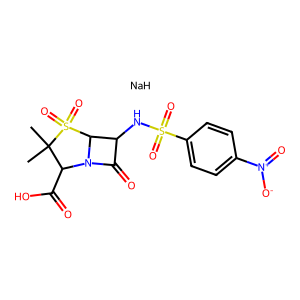
SMILES: CC1(C)C(C(=O)O)N2C(=O)C(NS(=O)(=O)c3ccc([N+](=O)[O-])cc3)C2S1(=O)=O.[NaH]
Inhibits HIV replication: No